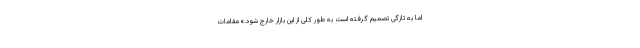
اما به تازگی تصمیم گرفته است به طور کلی از این بازار خارج شود.» مقامات